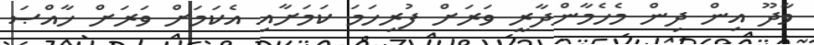
ވާދޫ އިން ދިން މެހެމާންދާރީ ވަރަށް ފުރިހަމަ ކަމަށާއި އެކަމަށް ވަރަށް ޚާއްޞަ